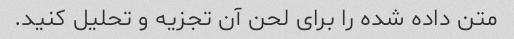
متن داده شده را برای لحن آن تجزیه و تحلیل کنید.